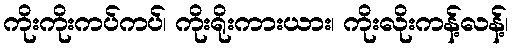
ကိုးကိုးကပ်ကပ်၊ ကိုးရိုးကားယား၊ ကိုးလိုးကန့်လန့်၊